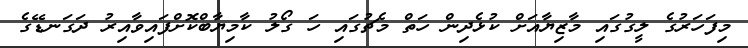
މިފަހަރުގެ ލީގުގައި މާޒިޔާއަށް ކުޅެދިން ހަތް މެޗުގައި ހަ ގޯލު ކާމިޔާބްކޮށްފައިވާއިރު ދަގަނޑޭގެ